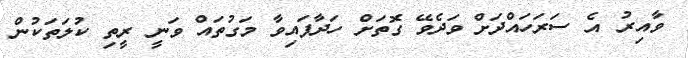
ވާއިރު އެ ސަރަހައްދަށް ވަދެވޭ ގޮތަށް ހަދާފައިވާ މަގުތައް ވަނީ ރީތި ކުލަތަކުން